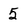
Character: 5